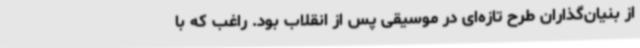
از بنیان‌گذاران طرح تازه‌ای در موسیقی پس از انقلاب بود. راغب که با